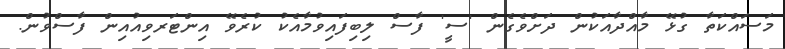
މަސައްކަތާ ގުޅޭ މާއްދާއަކުން ދަށްވެގެން 'ސީ' ފާސް ލިބިފައިވުމާއެކު ކުރެވޭ އިންޓަރވިއުއިން ފާސްވުން.